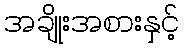
အချိုးအစားနှင့်